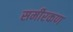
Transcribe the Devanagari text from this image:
समीरकण